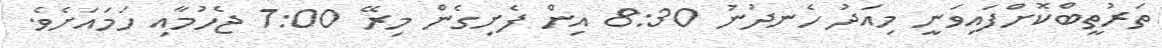
ތަރުތީބްކޮށްފައިވަނީ މިއަދު ހެނދުނު 8:30 އިން ފެށިގެން މިރޭ 7:00 ޖެހުމާއި ހަމައަށެވެ.